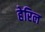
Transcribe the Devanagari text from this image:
हेरिल